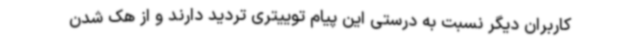
کاربران دیگر نسبت به درستی این پیام توییتری تردید دارند و از هک شدن